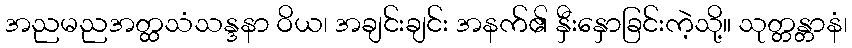
အညမညအတ္ထသံသန္ဒနာ ဝိယ၊ အချင်းချင်း အနက်၏ နှီးနှောခြင်းကဲ့သို့။ သုတ္တန္တာနံ၊